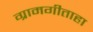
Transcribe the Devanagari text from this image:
ग्रामगीताहा